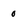
Character: 0